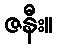
ဇနီး။